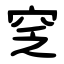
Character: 窆